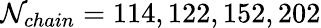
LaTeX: \mathcal{N}_{chain}=114,122,152,202